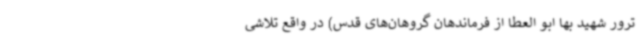
ترور شهید بها ابو العطا از فرماندهان گروهان‌های قدس) در واقع تلاشی